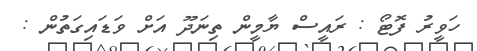
ހަވީރު ފޮޓޯ : ރައީސް ޔާމީން ތިނަދޫ އަށް ވަޑައިގަތުން :